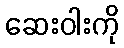
ဆေးဝါးကို